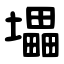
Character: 㙼